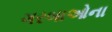
ગરબાઓના